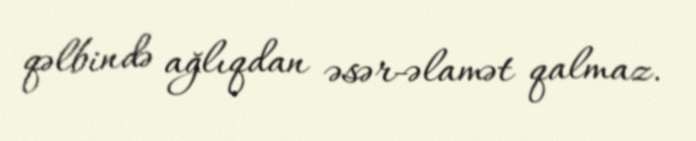
qəlbində ağlıqdan əsər-əlamət qalmaz.